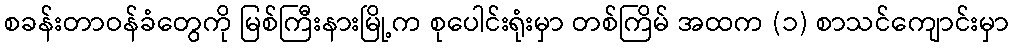
စခန်းတာဝန်ခံတွေကို မြစ်ကြီးနားမြို့က စုပေါင်းရုံးမှာ တစ်ကြိမ် အထက (၁) စာသင်ကျောင်းမှာ